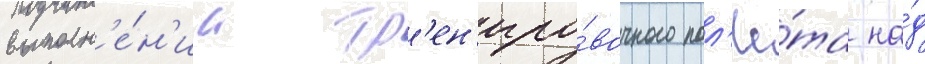
выполн'е́н'ии тр'ен'иро́вочного пол'ё́та на́д